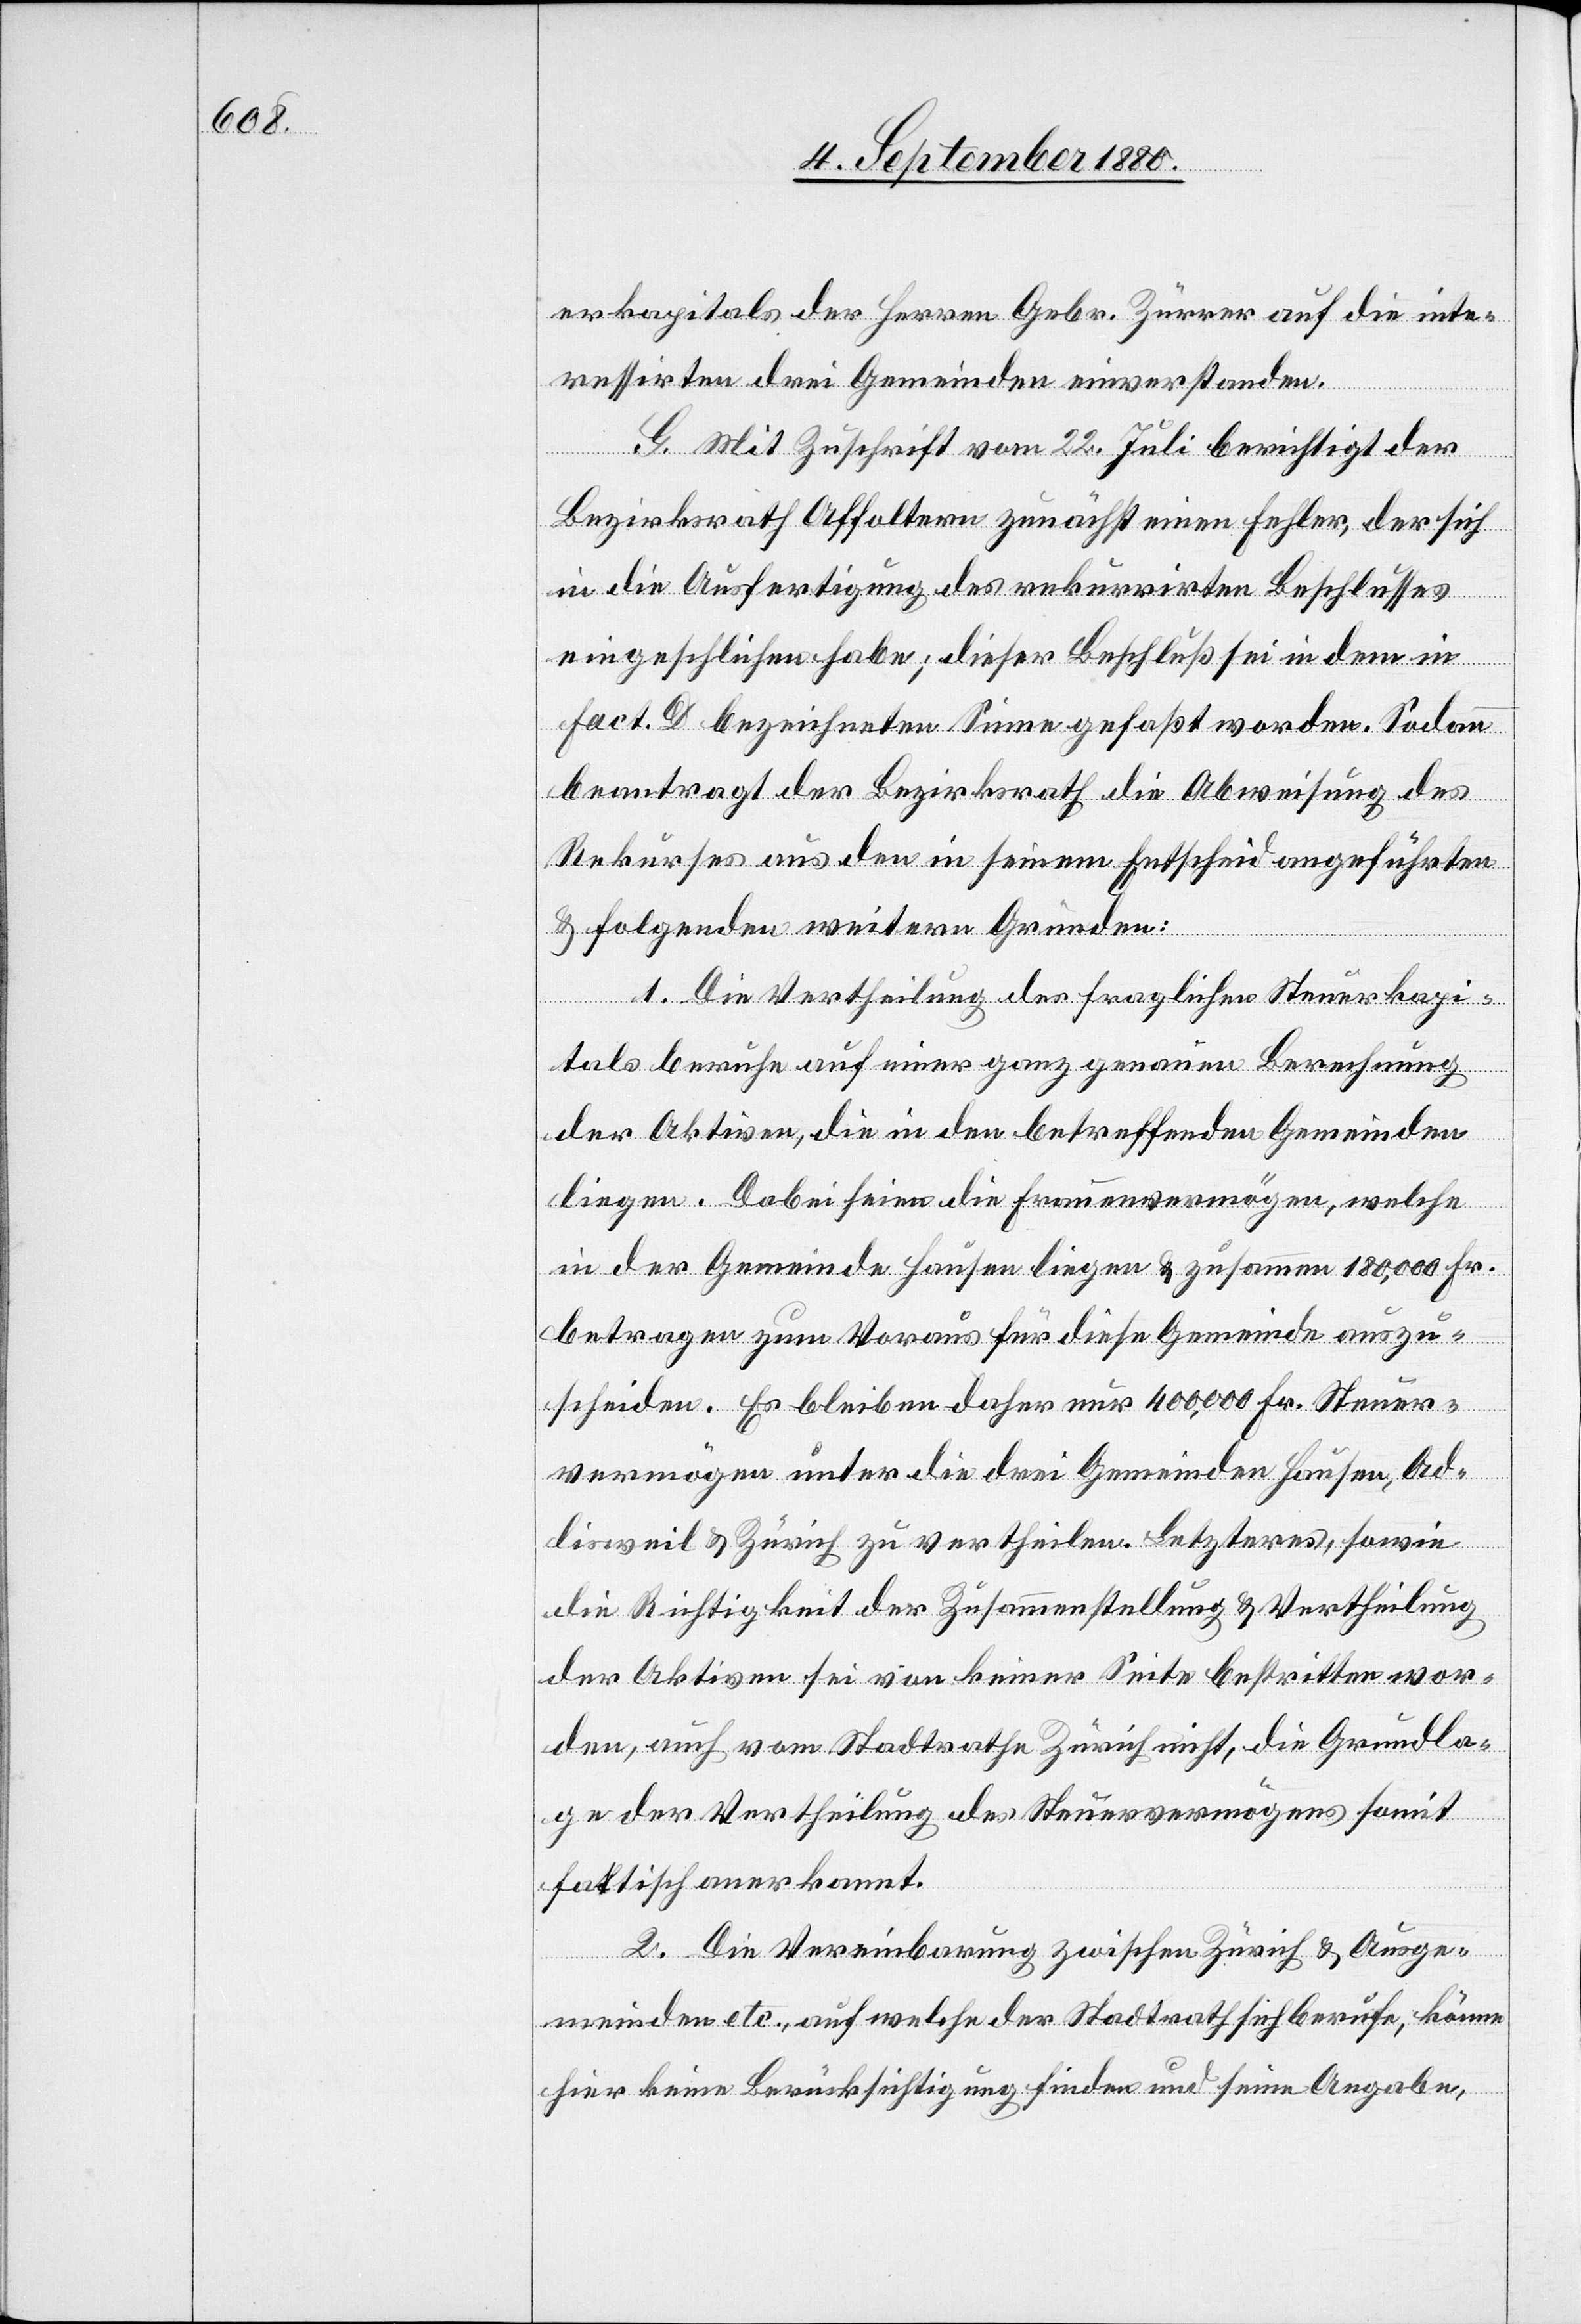
erkapitals der Herren Gebr. Zürrer auf die inte¬
ressirten drei Gemeinden einverstanden.
G. Mit Zuschrift vom 22. Juli berichtigt der
Bezirksrath Affoltern zunächst einen Fehler, der sich
in die Ausfertigung des rekurrirten Beschlusses
eingeschlichen habe; dieser Beschluß sei in dem in
fact. D bezeichneten Sinne gefaßt worden. Sodann
beantragt der Bezirksrath die Abweisung des
Rekurses aus den in seinem Entscheid angeführten
& folgenden weiteren Gründen:
1. Die Vertheilung des fraglichen Steuerkapi¬
tals beruhe auf einer ganz genauen Berechnung
der Aktiven, die in den betreffenden Gemeinden
liegen. Dabei seien die Frauenvermögen, welche
in der Gemeinde Hausen liegen & zusammen 180,000 Fr.
betragen zum Voraus für diese Gemeinde auszu¬
scheiden. Es bleiben daher nur 400,000 Fr. Steuer¬
vermögen unter die drei Gemeinden Hausen, Ad¬
lisweil & Zürich zu vertheilen. Letzteres, sowie
die Richtigkeit der Zusammenstellung & Vertheilung
der Aktiven sei von keiner Seite bestritten wor¬
den, auch vom Stadtrathe Zürich nicht, die Grundla¬
ge der Vertheilung des Steuervermögens somit
faktisch anerkannt.
2. Die Vereinbarung zwischen Zürich & Ausge¬
meinden etc., auf welche der Stadtrath sich berufe, könne
hier keine Berücksichtigung finden und seine Angaben,